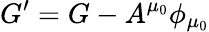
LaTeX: G^{\prime}=G-A^{\mu_{0}}\phi_{\mu_{0}}